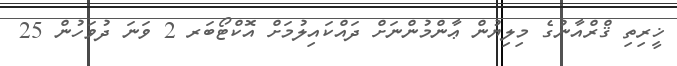
ޚީރިތި ޤްރްއާނުގެ މިލިޔުން ޢާންމުންނަށް ދައްކައިލުމަށް އޮކްޓޯބަރ 2 ވަނަ ދުވަހުން 25